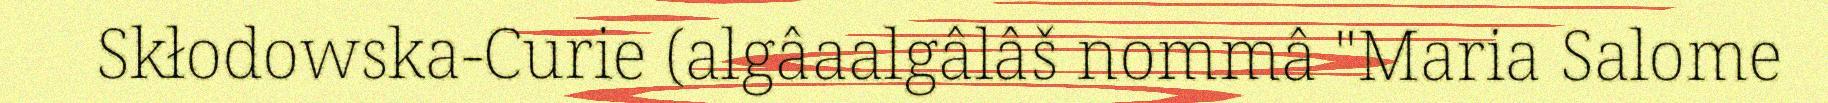
Skłodowska-Curie (algâaalgâlâš nommâ "Maria Salome